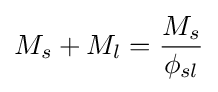
M_{s}+M_{l}={\frac {M_{s}}{\phi _{sl}}}